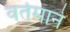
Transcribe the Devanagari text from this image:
वर्तमाने